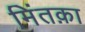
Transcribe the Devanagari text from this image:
मिंतक़ा